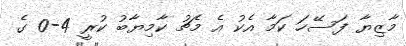
މާޒިޔާ ފަސޭހަ ކަމާ އެކު އެ މެޗު ކާމިޔާބު ކުރީ 4-0 ގެ